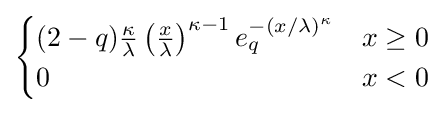
{\begin{cases}(2-q){\frac {\kappa }{\lambda }}\left({\frac {x}{\lambda }}\right)^{\kappa -1}e_{q}^{-(x/\lambda )^{\kappa }}&x\geq 0\\0&x<0\end{cases}}